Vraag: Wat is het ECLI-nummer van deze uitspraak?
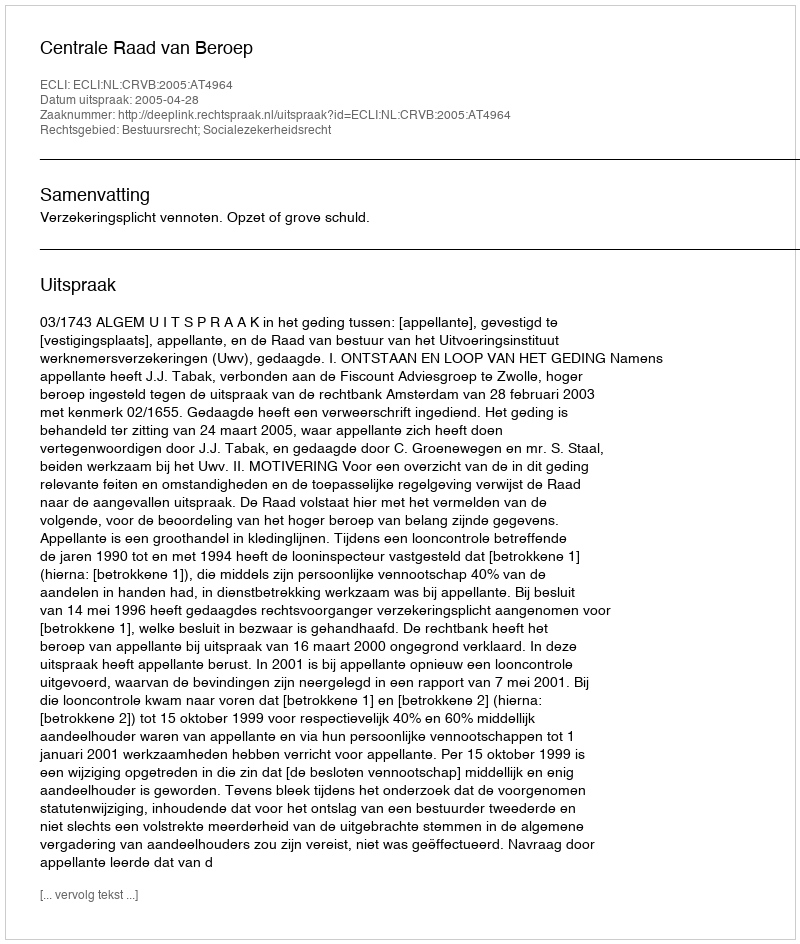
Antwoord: ECLI:NL:CRVB:2005:AT4964